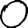
Digit: 0